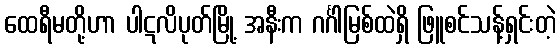
ထေရီမတို့ဟာ ပါဋလိပုတ်မြို့ အနီးက ဂင်္ဂါမြစ်ထဲရှိ ဖြူစင်သန့်ရှင်းတဲ့